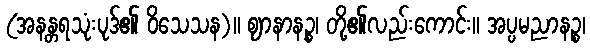
(အနန္တရသုံးပုဒ်၏ ဝိသေသန)။ ဈာနာနဉ္စ၊ တို့၏လည်းကောင်း။ အပ္ပမညာနဉ္စ၊